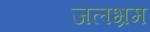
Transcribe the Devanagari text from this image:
जलभ्रम